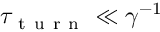
\tau _ { \mathrm { ~ t ~ u ~ r ~ n ~ } } \ll \gamma ^ { - 1 }